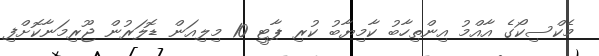
މެކްސިކޯގެ އާއްމު އިންތިހާބު ކާމިޔާބު ކުރި ޕާޓީ 10 މިލިއަން ޑޮލަރުން ޖޫރިމަނާކޮށްފި